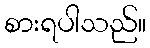
စားရပါသည်။